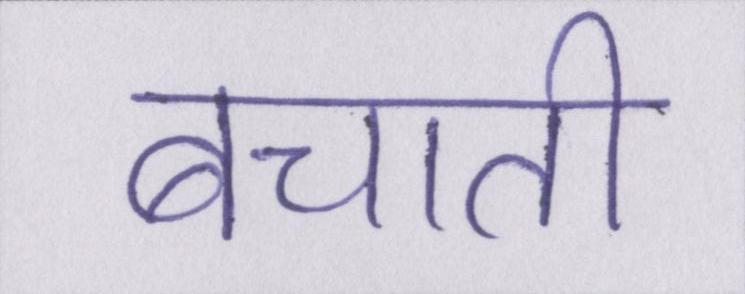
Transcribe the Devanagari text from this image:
बचाती